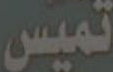
تميس